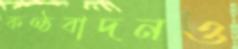
কণ্ঠবাদনও